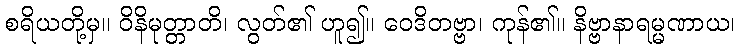
စရိယတို့မှ။ ဝိနိမုတ္တာတိ၊ လွတ်၏ ဟူ၍။ ဝေဒိတဗ္ဗာ၊ ကုန်၏။ နိဗ္ဗာနာရမ္မဏာယ၊